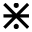
\divideontimes